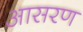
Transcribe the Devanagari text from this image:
आसरण